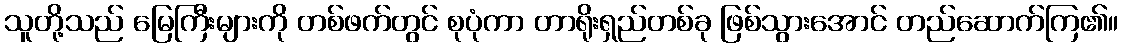
သူတို့သည် မြေကြီးများကို တစ်ဖက်တွင် စုပုံကာ တာရိုးရှည်တစ်ခု ဖြစ်သွားအောင် တည်ဆောက်ကြ၏။